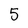
Character: 5